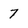
Character: 7